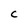
Character: C